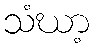
သံဃာ့